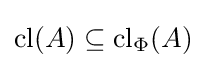
{\mbox{cl}}(A)\subseteq {\mbox{cl}}_{\Phi }(A)